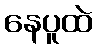
နေပူထဲ